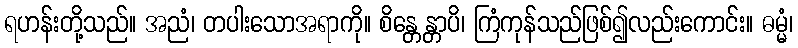
ရဟန်းတို့သည်။ အညံ၊ တပါးသောအရာကို။ စိန္တေန္တာပိ၊ ကြံကုန်သည်ဖြစ်၍လည်းကောင်း။ ဓမ္မံ၊